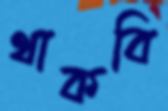
থাকবি